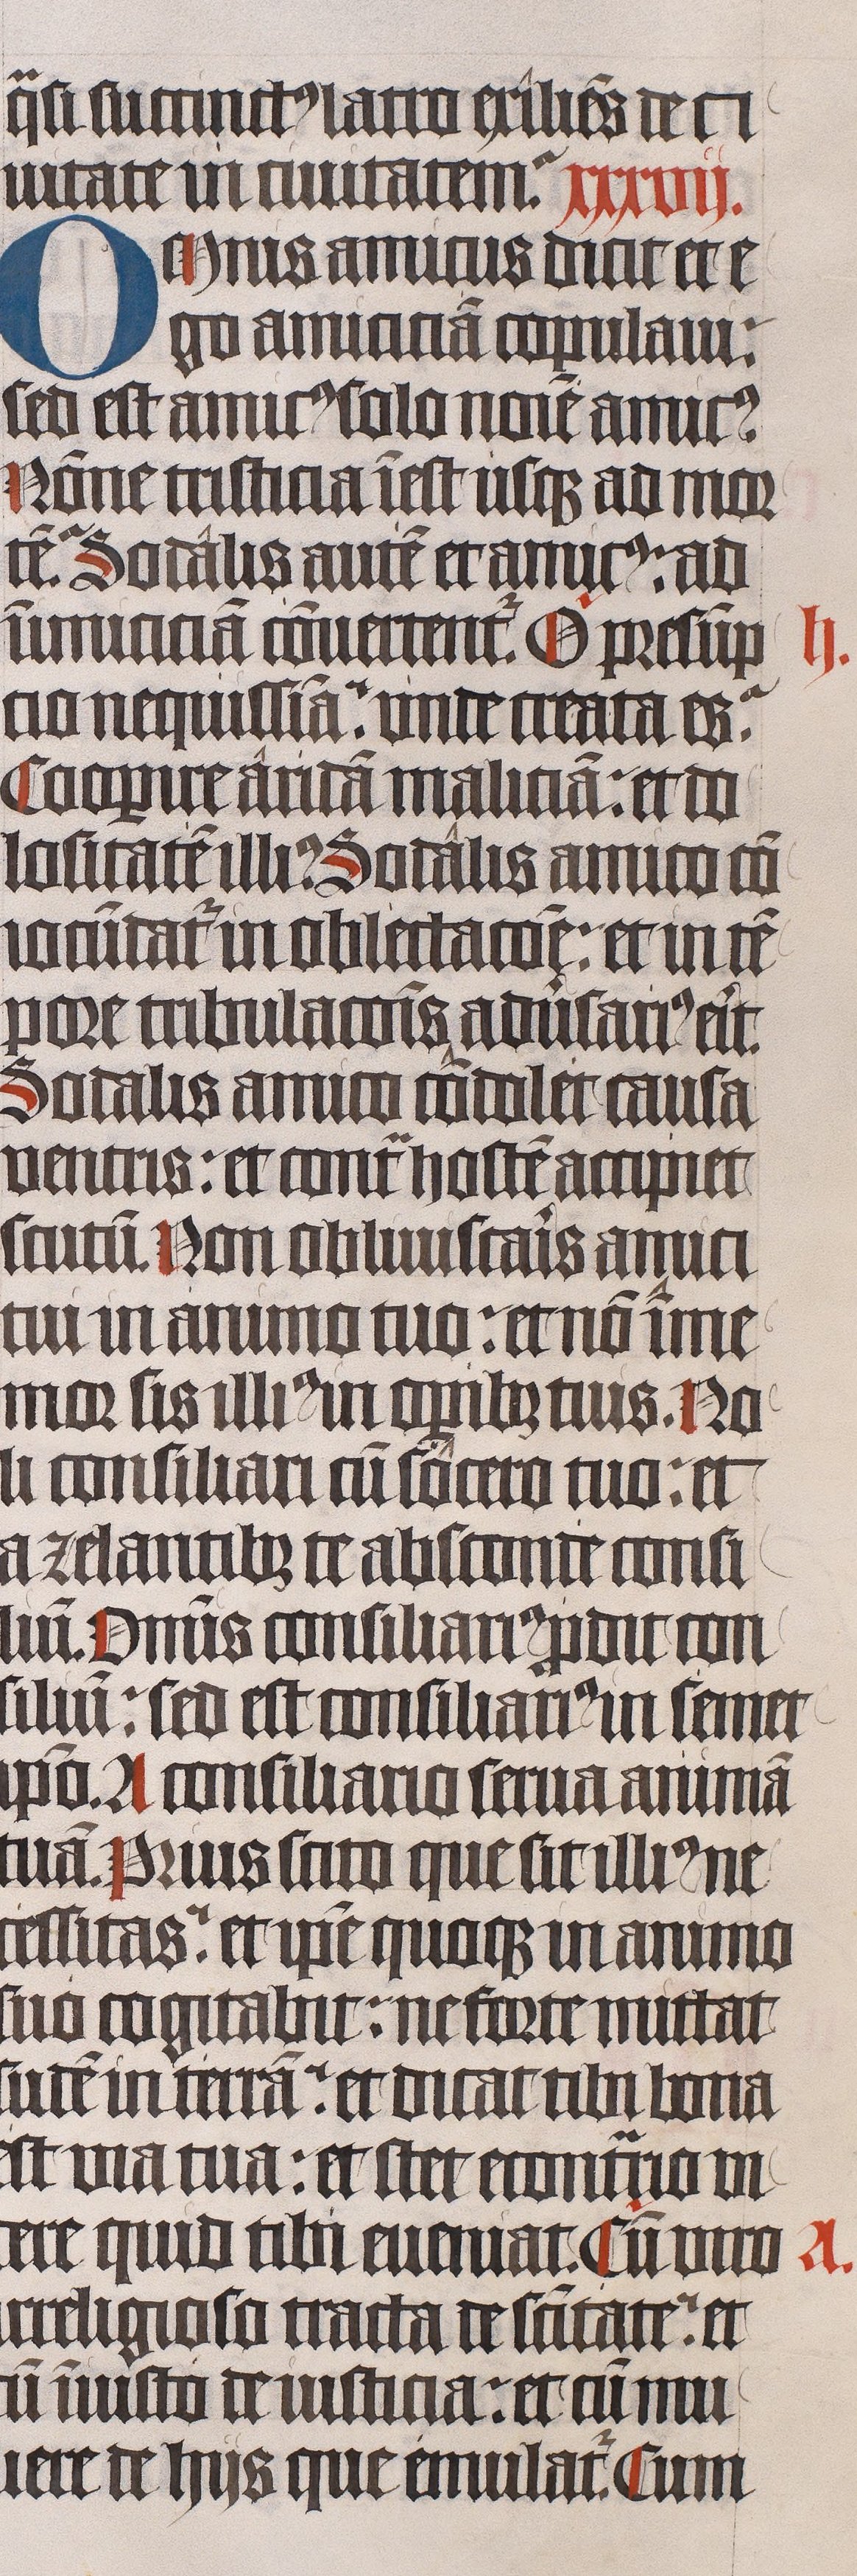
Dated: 1443–1443